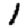
Digit: 1